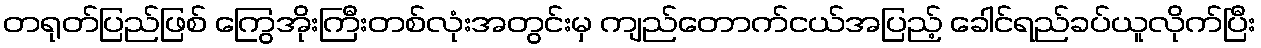
တရုတ်ပြည်ဖြစ် ကြွေအိုးကြီးတစ်လုံးအတွင်းမှ ကျည်တောက်ငယ်အပြည့် ခေါင်ရည်ခပ်ယူလိုက်ပြီး